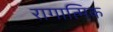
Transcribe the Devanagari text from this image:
रागात्मिक